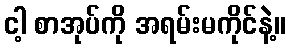
ငါ့ စာအုပ်ကို အရမ်းမကိုင်နဲ့။